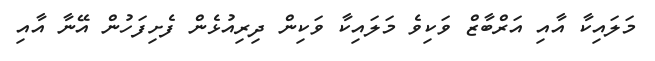
މަލައިކާ އާއި އަރްބާޒް ވަކިވެ މަލައިކާ ވަކިން ދިރިއުޅެން ފެށިފަހުން އޭނާ އާއި